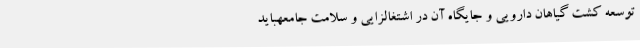
توسعه کشت گیاهان دارویی و جایگاه آن در اشتغالزایی و سلامت جامعهباید